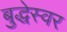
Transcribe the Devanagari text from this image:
बुद्धेस्वर